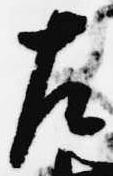
左